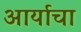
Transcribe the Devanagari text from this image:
आर्याचा